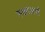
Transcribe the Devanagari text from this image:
स्कालर्स